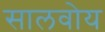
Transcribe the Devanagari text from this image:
सालवोय